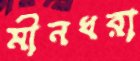
মীনধরা